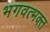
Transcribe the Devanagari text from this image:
भगवत्भक्त